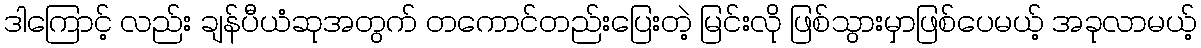
ဒါကြောင့် လည်း ချန်ပီယံဆုအတွက် တကောင်တည်းပြေးတဲ့ မြင်းလို ဖြစ်သွားမှာဖြစ်ပေမယ့် အခုလာမယ့်